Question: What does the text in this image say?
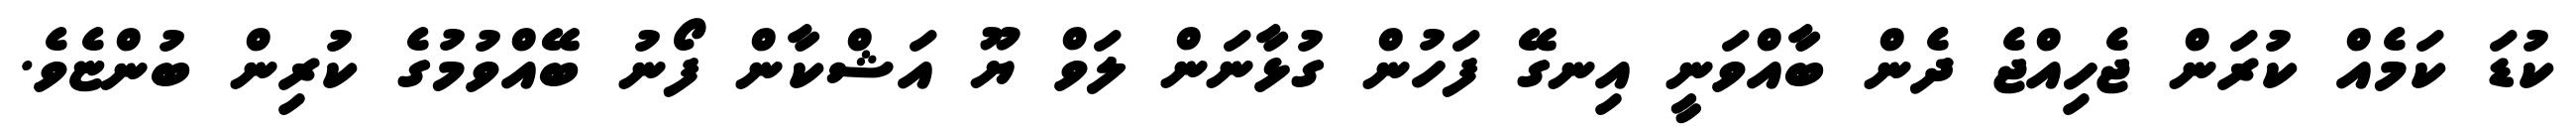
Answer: ކުޑަ ކަމެއް ކުރަން ޖެހިއްޖެ ދެން ބާއްވަނީ އިނގޭ ފަހުން ގުޅާނަން ލަވް ޔޫ އަޝްކާން ފޯނު ބޭއްވުމުގެ ކުރިން ބުންޏެވެ.